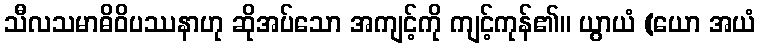
သီလသမာဓိဝိပဿနာဟု ဆိုအပ်သော အကျင့်ကို ကျင့်ကုန်၏။ ယွာယံ (ယော အယံ